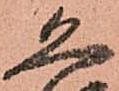
恐